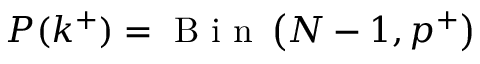
P ( k ^ { + } ) = \mathrm { ~ B ~ i ~ n ~ } \left( N - 1 , p ^ { + } \right)